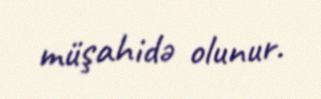
müşahidə olunur.